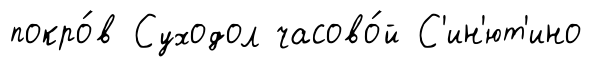
покро́в Суходол часово́й С'ин'ют'ино